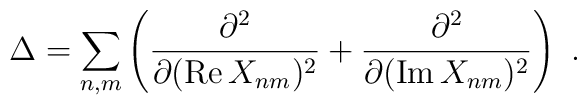
\Delta = \sum_{n,m} \left(\frac{\partial^2}                {\partial ({\rm Re}\,X_{nm})^2} +                            \frac{\partial^2}                {\partial ({\rm Im}\,X_{nm})^2} \right) \ .